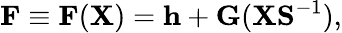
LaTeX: {\displaystyle{\mathbf F}\equiv{\mathbf F}({\mathbf X})={\mathbf h}+{\mathbf G}({\mathbf X}{\mathbf S}^{-1})},